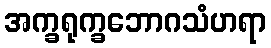
အက္ခရုက္ခဘောဂသံဟရာ